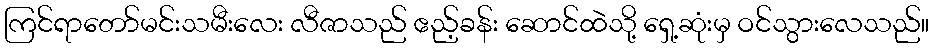
ကြင်ရာတော်မင်းသမီးလေး လီဇာသည် ဧည့်ခန်း ဆောင်ထဲသို့ ရှေ့ဆုံးမှ ဝင်သွားလေသည်။